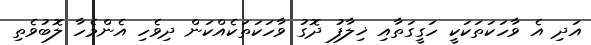
އަދި އެ ވާހަކަތަކަކީ ހަގީގަތާއި ޚިލާފު ދޮގު ވާހަކަތަކެއްކަން ދިވެހި އެންމެހާ ލޮބުވެތި